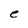
Character: e